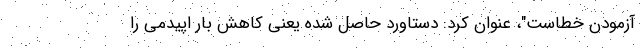
آزمودن خطاست"، عنوان کرد: دستاورد حاصل شده یعنی کاهش بار اپیدمی را